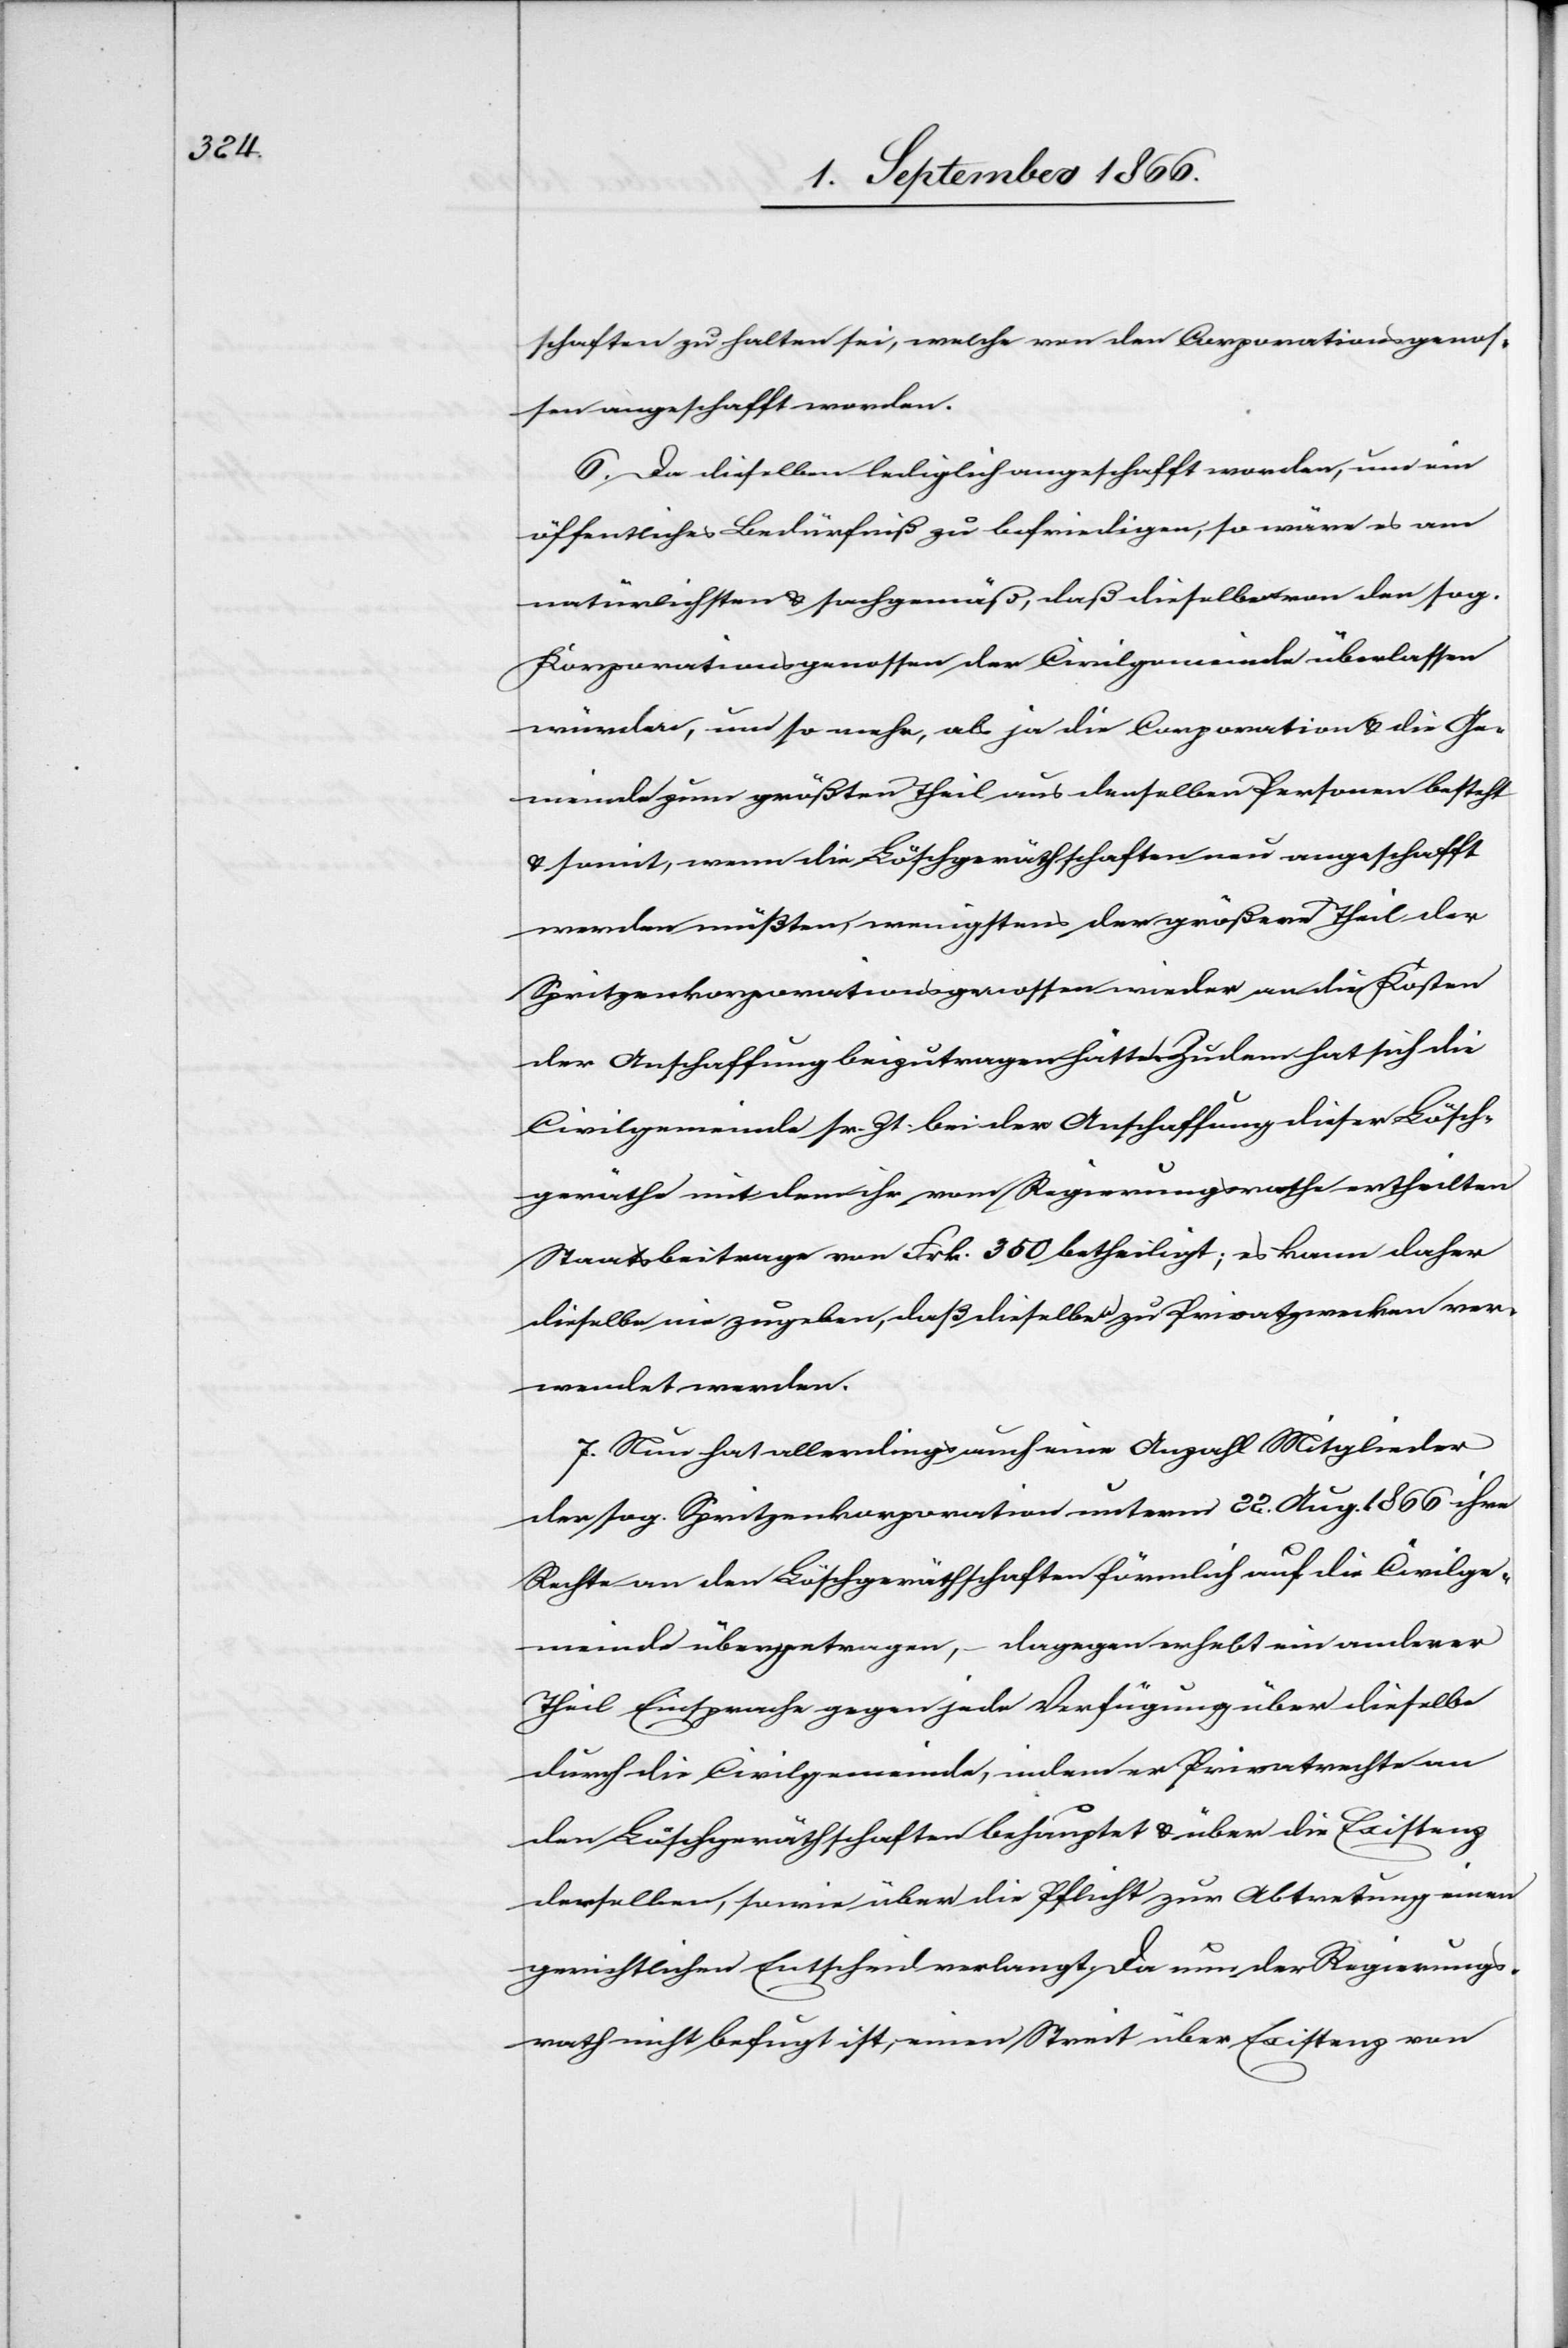
chafft

schaften zu halten sei, welche von der Corporation anges¬
6. Da dieselben lediglich angeschafft worden, um ein
öffentliches Bedürfniß zu befriedigen, so wäre es am
natürlichsten u. sachgemäß, daß dieselben von den sog.
Korporationsgenossen der Civilgemeinde überlassen
würden, um so mehr, als ja die Corporation u. die Ge¬
meinde zum größten Theil aus denselben Personen besteht
u. somit, wenn die Löschgeräthschaften neu angeschafft
werden müßten, wenigstens der größere Theil der
Spritzenkorporationsgenossen wieder an die Kosten
der Anschaffung beizutragen hätten. Zudem hat sich die
Civilgemeinde sr. Zt. bei der Anschaffung dieser Lösch¬
geräthe mit dem ihr vom Regierungsrathe ertheilten
Staatsbeitrage von Frk. 350 betheiligt; es kann daher
dieselbe nie zugeben, daß dieselben zu Privatzwecken ver¬
wendet werden.
7. Nun hat allerdings auch eine Anzahl Mitglieder
der sog. Spritzenkorporation unterm 22. Aug. 1866 ihre
Rechte an den Löschgeräthschaften förmlich auf die Civilge¬
meinde übergetragen, – dagegen erhebt ein anderer
Theil Einsprache gegen jede Verfügung über dieselbe
durch die Civilgemeinde, indem er Privatrechte an
den Löschgeräthschaften behauptet u. über die Existenz
derselben, sowie über die Pflicht zur Abtretung einen
gerichtlichen Entscheid verlangt. Da nun der Regierungs¬
rath nicht befugt ist, einen Streit über Existenz von